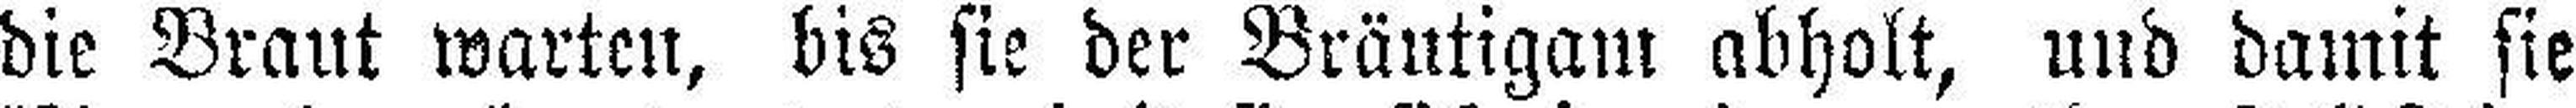
die Braut warten, bis sie der Bräutigam abholt, und damit sie